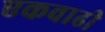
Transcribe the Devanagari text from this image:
एकवाढी